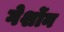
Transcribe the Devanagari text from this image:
गेर्शोन